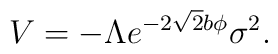
V=- \Lambda e^{-2 \sqrt{2} b \phi} \sigma^2.